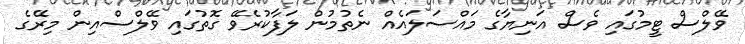
ވޭލްސް ޓީމުގައި ވެސް އަނިޔާގެ މައްސަލައެއް ނެތުމުން ލަފާކުރެވޭ ގޮތުގައި ވޭލްސްއިން މިރޭގެ